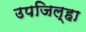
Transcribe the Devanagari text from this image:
उपजिल्हा